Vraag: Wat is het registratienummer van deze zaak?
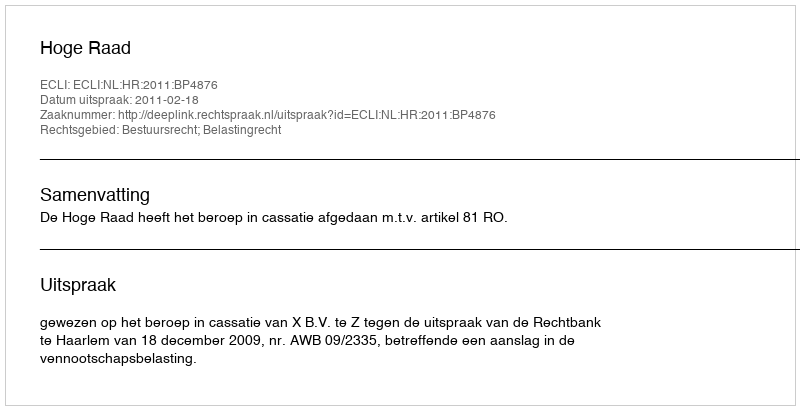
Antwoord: http://deeplink.rechtspraak.nl/uitspraak?id=ECLI:NL:HR:2011:BP4876